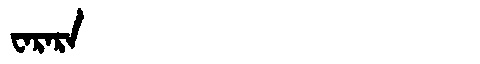
Manchu: ᠸᠠᡵᠠᡵᠠ
Romanization: WARARA